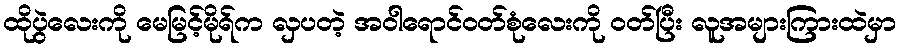
ထိုပွဲလေးကို မေမြင့်မိုရ်က လှပတဲ့ အဝါရောင်ဝတ်စုံလေးကို ဝတ်ပြီး လူအများကြားထဲမှာ